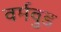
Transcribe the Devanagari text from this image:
वर्मवुड